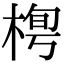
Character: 𣓓